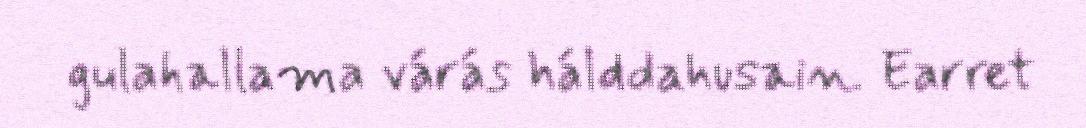
gulahallama várás hálddahusain. Earret